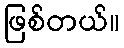
ဖြစ်တယ်။